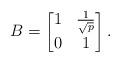
LaTeX: \begin{align*}B = \begin{bmatrix}1 & \frac{1}{\sqrt{p}}\\0 & 1\end{bmatrix}.\end{align*}